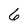
Character: 6